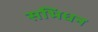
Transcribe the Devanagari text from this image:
सभिधन